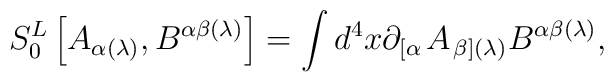
S_{0}^{L}\left[ A_{\alpha (\lambda )},B^{\alpha \beta (\lambda )}\right]=\int d^{4}x\partial _{\left[ \alpha \right. }A_{\left. \beta \right](\lambda )}B^{\alpha \beta (\lambda )},